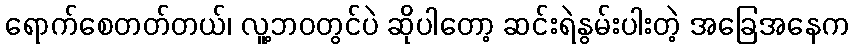
ရောက်စေတတ်တယ်၊ လူ့ဘဝတွင်ပဲ ဆိုပါတော့ ဆင်းရဲနွမ်းပါးတဲ့ အခြေအနေက